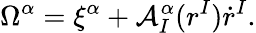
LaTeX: \Omega^{\alpha}=\xi^{\alpha}+\mathcal{A}_{I}^{\alpha}(r^{I})\dot{r}^{I}.